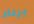
يزداد